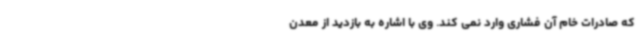
که صادرات خام آن فشاری وارد نمی کند. وی با اشاره به بازدید از معدن